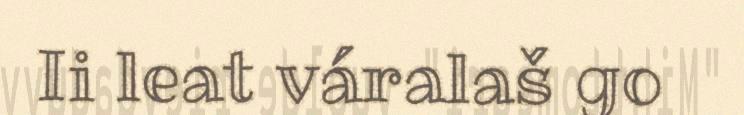
Ii leat váralaš go